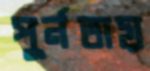
পুর্নতায়